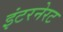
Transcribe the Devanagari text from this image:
इंटरनेरट